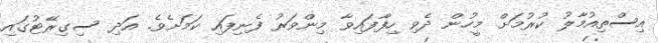
އިސްތިއުމާލު ކުރުމަށް މީހުން ދެވި ހިފާފައިވާ މިންވަރު ފެނިފައި ކަމަށެވެ. އަދި ސިގިރޭޓުގައި